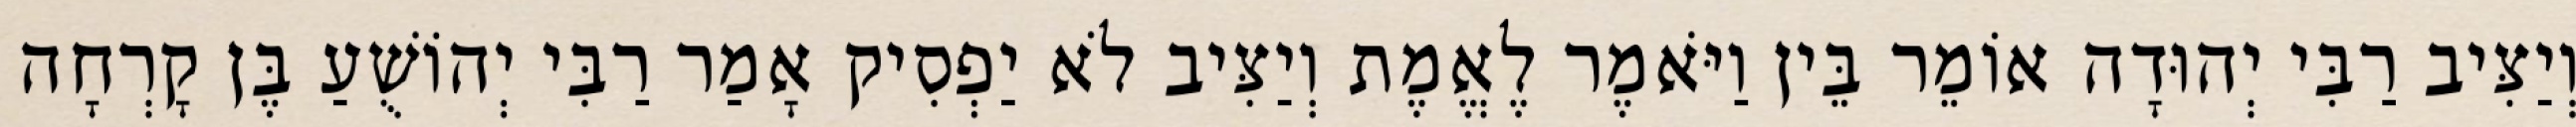
וְיַצִּיב רַבִּי יְהוּדָה אוֹמֵר בֵּין וַיֹּאמֶר לֶאֱמֶת וְיַצִּיב לֹא יַפְסִיק אָמַר רַבִּי יְהוֹשֻׁעַ בֶּן קָרְחָה